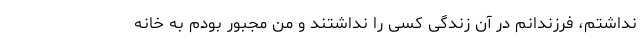
نداشتم، فرزندانم در آن زندگی کسی را نداشتند و من مجبور بودم به خانه